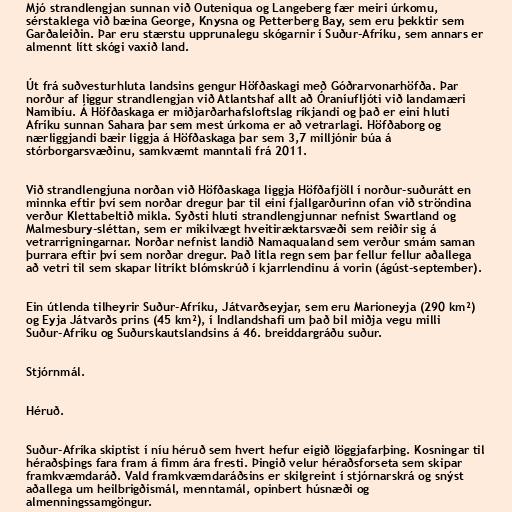
Mjó strandlengjan sunnan við Outeniqua og Langeberg fær meiri úrkomu,
sérstaklega við bæina George, Knysna og Petterberg Bay, sem eru þekktir sem
Garðaleiðin. Þar eru stærstu upprunalegu skógarnir í Suður-Afríku, sem annars er
almennt lítt skógi vaxið land.

Út frá suðvesturhluta landsins gengur Höfðaskagi með Góðrarvonarhöfða. Þar
norður af liggur strandlengjan við Atlantshaf allt að Óraníufljóti við landamæri
Namibíu. Á Höfðaskaga er miðjarðarhafsloftslag ríkjandi og það er eini hluti
Afríku sunnan Sahara þar sem mest úrkoma er að vetrarlagi. Höfðaborg og
nærliggjandi bæir liggja á Höfðaskaga þar sem 3,7 milljónir búa á
stórborgarsvæðinu, samkvæmt manntali frá 2011.

Við strandlengjuna norðan við Höfðaskaga liggja Höfðafjöll í norður-suðurátt en
minnka eftir því sem norðar dregur þar til eini fjallgarðurinn ofan við ströndina
verður Klettabeltið mikla. Syðsti hluti strandlengjunnar nefnist Swartland og
Malmesbury-sléttan, sem er mikilvægt hveitiræktarsvæði sem reiðir sig á
vetrarrigningarnar. Norðar nefnist landið Namaqualand sem verður smám saman
þurrara eftir því sem norðar dregur. Það litla regn sem þar fellur fellur aðallega
að vetri til sem skapar litríkt blómskrúð í kjarrlendinu á vorin (ágúst-september).

Ein útlenda tilheyrir Suður-Afríku, Játvarðseyjar, sem eru Marioneyja (290 km²)
og Eyja Játvarðs prins (45 km²), í Indlandshafi um það bil miðja vegu milli
Suður-Afríku og Suðurskautslandsins á 46. breiddargráðu suður.

Stjórnmál.

Héruð.

Suður-Afríka skiptist í níu héruð sem hvert hefur eigið löggjafarþing. Kosningar til
héraðsþings fara fram á fimm ára fresti. Þingið velur héraðsforseta sem skipar
framkvæmdaráð. Vald framkvæmdaráðsins er skilgreint í stjórnarskrá og snýst
aðallega um heilbrigðismál, menntamál, opinbert húsnæði og
almenningssamgöngur.